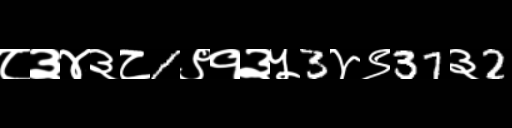
Text: ८३४३८1९१३५3४९37३2